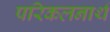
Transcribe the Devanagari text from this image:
परिकलनार्थ